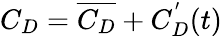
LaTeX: C_{D}=\overline{{C_{D}}}+C_{D}^{'}(t)